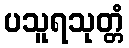
ပသူရသုတ္တံ